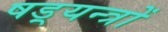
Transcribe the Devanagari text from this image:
षड़्यन्त्रों